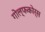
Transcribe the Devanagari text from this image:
गोल्फकोर्स